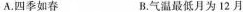
A.四季如春 B.气温最低月为12月